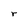
Character: r